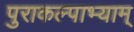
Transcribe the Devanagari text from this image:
पुराकल्पाभ्याम्